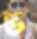
ভ